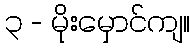
၃ - မိုးမှောင်ကျ။